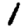
Digit: 1